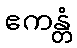
ဧကန္တံ